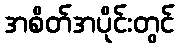
အစိတ်အပိုင်းတွင်